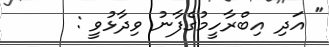
" އަދި އިބްރާހީމުގެފާނު ވިދާޅުވީ :